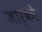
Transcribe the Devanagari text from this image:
जार्को